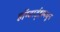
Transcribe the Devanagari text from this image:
हॉग्वार्ट्झमधुन